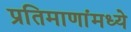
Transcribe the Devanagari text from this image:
प्रतिमाणांमध्ये